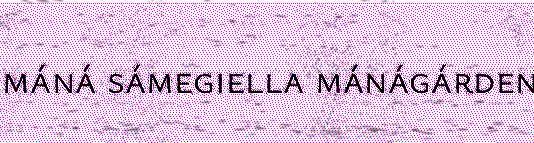
máná sámegiella mánágárden